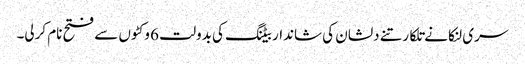
سری لنکا نے تلکارتنے دلشان کی شاندار بیٹنگ کی بدولت 6 وکٹوں سے فتح نام کرلی۔